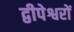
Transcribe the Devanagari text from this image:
द्वीपेश्वरों